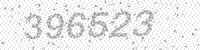
Solution: 396523